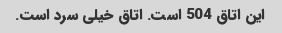
این اتاق 504 است. اتاق خیلی سرد است.